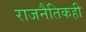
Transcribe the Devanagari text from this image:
राजनैतिकही